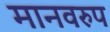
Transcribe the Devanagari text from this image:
मानवरुप